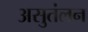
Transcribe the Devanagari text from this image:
असुतंलन